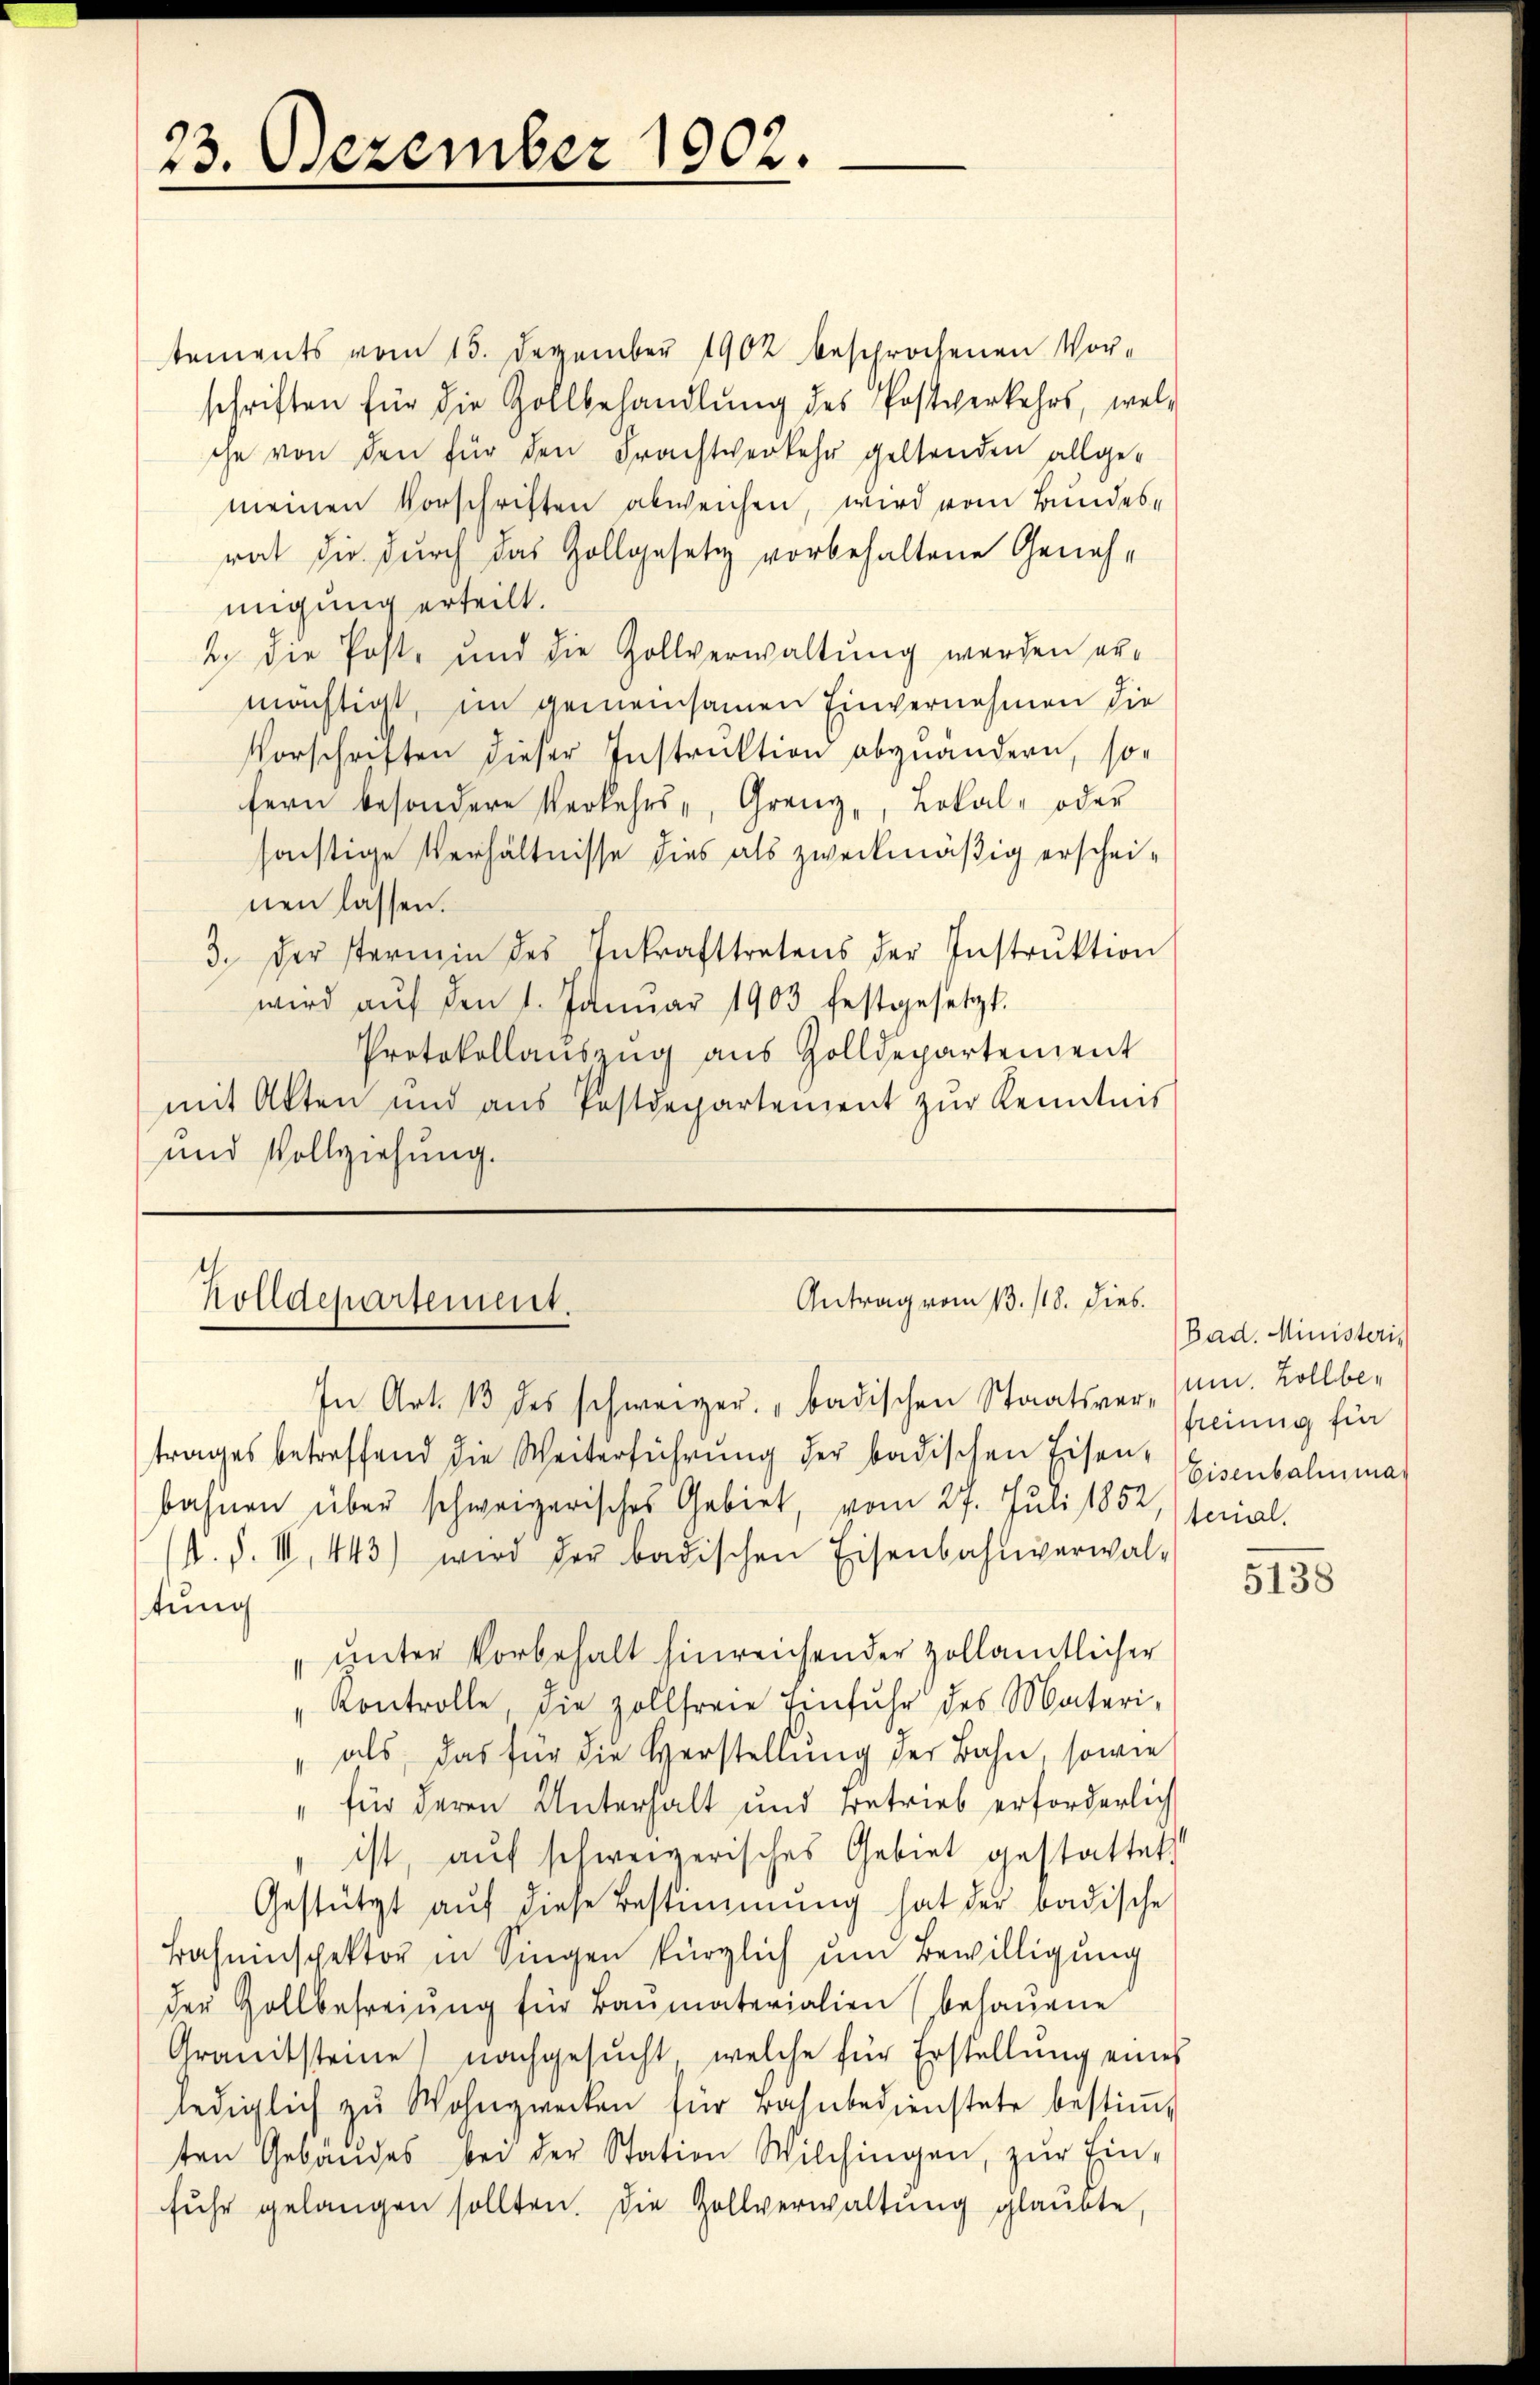
23. Dezember 1902.

tements vom 13. Dezember 1902 beschrochenen Vor-
schriften für die Gollbehandlung des Postverkehrs, wel-
che von den für den Frachtverkehr geltenden allge-
meinen Vorschriften abweichen, wird vom Bundes-
rat die durch das Gollgesetz vorbehaltene Genehmigung erteilt.
2. Die Post- und die Zollverwaltung werden er-
mächtigt, im gemeinsamen Einvernehmen die
Vorschriften dieser Instruktion abgeändern, so-
fern besondere Verkehrs-, Grenz, Lokal- oder
sonstige Verhältnisse dies als zweckmäßig erscheinen lassen.
3. der stermin des Inkrafttretens der Instrŭktion
wird aŭf den 1. Januar 1903 festgesetzt.
Protokollauszug aus Zolldepartement
mit Akten und aus Postdepartement zur Kenntnis
und Vollziehung.

Antrag vom 13. 118. Dieb.
Zolldepartement.
In Art. 13 des schweizer. „badischen Staatsversam. Zollbe-

trages betreffend die Weiterführung der badischen Eisenbahnen über schweizerisches Gebiet, vom 27. Juli 1852, senial-
(. d. I, 443) wird der badischen Eisenbahnverwal-
tung
" unter Vorbehalt hinreichen der zollamtlicher
"Kontrolle, die zollfreie Einfuhr des Materi-
" als, das für die Herstellung der Bahn, sowie
" für deren Unterhalt und Betrieb erforderlich
ist, aŭf schweizerisches Gebiet gestattet.
Gestützt aŭf diese Bestimmung hat der badische
Bahninspektor in Singen kürzlich um Bewilligung
der Gollbefreiung für Baŭmaterialien (behaŭene
Granitsteine nachgesŭcht, welche für Erstellung eines
lediglich zŭ Wohnzwecken für Bahnbedienstete bestiṁ
ten Gebäŭdes bei der Station Wilchingen, zŭr Ein-
fŭhr gelangen sollten. Die Zollverwaltŭng glaubte,

Bad. Ministeris
freiung für
Eisenbahnmas

5138